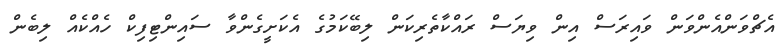
އެޗްވަންއެންވަން ވައިރަސް އިން ވިޔަސް ރައްކާތެރިކަން ލިބޭކަމުގެ އެކަށީގެންވާ ސައިންޓިފިކް ހެއްކެއް ލިބެން